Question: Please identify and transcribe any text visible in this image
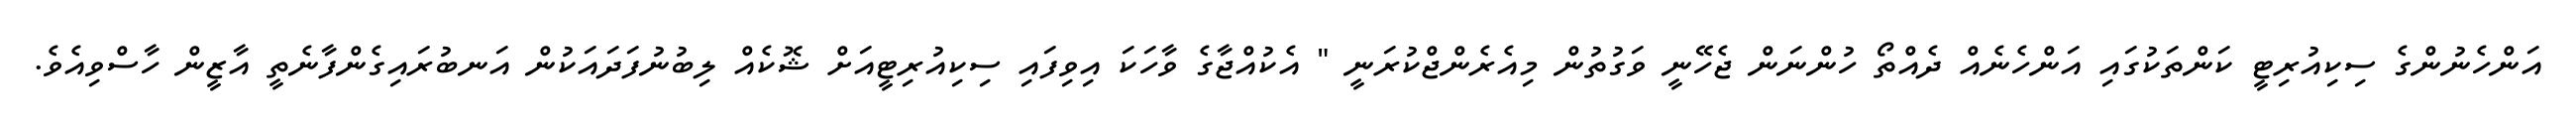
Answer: އަންހެނުންގެ ސިކިއުރިޓީ ކަންތަކުގައި އަންހެނެއް ދެއްތޯ ހުންނަން ޖެހޭނީ ވަގުތުން މިއެރެންޖްކުރަނީ " އެކުއްޖާގެ ވާހަކަ އިވިފައި ސިކިއުރިޓީއަށް ޝޮކެއް ލިބުނުފަދައަކުން އަނބުރައިގެންފާނެތީ އާޒީން ހާސްވިއެވެ.